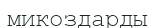
микоздарды